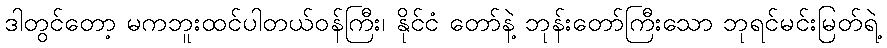
ဒါတွင်တော့ မကဘူးထင်ပါတယ်ဝန်ကြီး၊ နိုင်ငံ တော်နဲ့ ဘုန်းတော်ကြီးသော ဘုရင်မင်းမြတ်ရဲ့